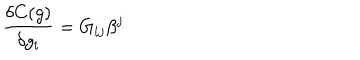
LaTeX: { \frac { \delta C ( g ) } { \delta g _ { i } } } = G _ { i j } \beta ^ { j }